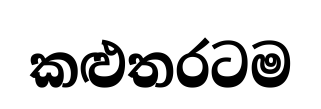
කළුතරටම